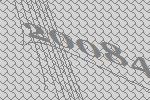
20084